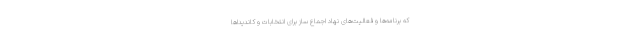
که برنامه‌ها و فعالیت‌های نهاد اجماع ساز برای انتخابات و کاندیداها